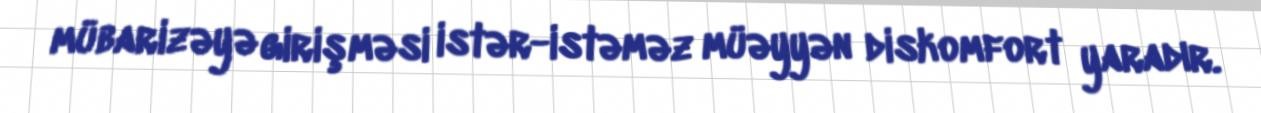
mübarizəyə girişməsi istər-istəməz müəyyən diskomfort yaradır.